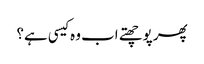
پھر پوچھتے اب وہ کیسی ہے؟